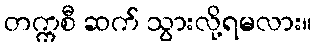
တက္ကစီ ဆက် သွားလို့ရမလား။